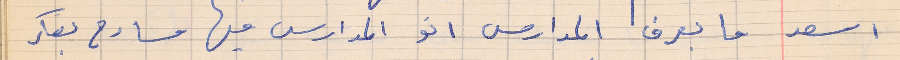
اسعد    ما بعرف المدارس انو المدارس فيها مسارح بفكر